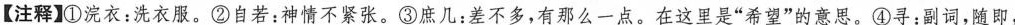
【注释】①浣衣：洗衣服。②自若：神情不紧张。③庶几：差不多，有那么一点。在这里是”希望”的意思。④寻：副词，随即，